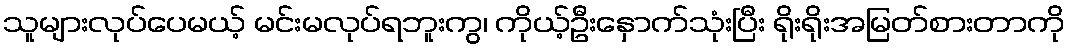
သူများလုပ်ပေမယ့် မင်းမလုပ်ရဘူးကွ၊ ကိုယ့်ဦးနှောက်သုံးပြီး ရိုးရိုးအမြတ်စားတာကို